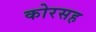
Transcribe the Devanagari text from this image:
कोरसह